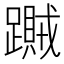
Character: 𨆎